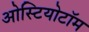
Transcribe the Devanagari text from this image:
ओस्टियोटॉम